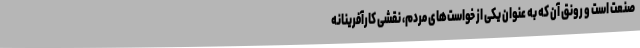
صنعت است و رونق آن که به عنوان یکی از خواست‌های مردم، نقشی کارآفرینانه